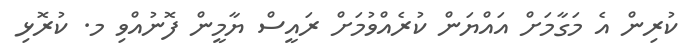
ކުރިން އެ މަގާމަށް އައްޔަން ކުރެއްވުމަށް ރައީސް ޔާމީން ފޮނުއްވި މ. ކުރޮޅި